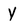
Character: Y